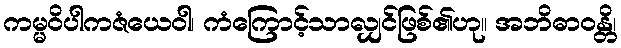
ကမ္မဝိပါကဇံယေဝါ၊ ကံကြောင့်သာလျှင်ဖြစ်၏ဟု။ အဘိဓာဝန္တိ၊